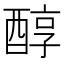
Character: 醇